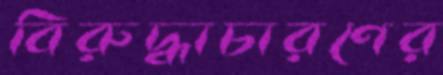
বিরুদ্ধাচারণের